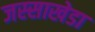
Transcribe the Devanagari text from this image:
जस्‍साखेडा